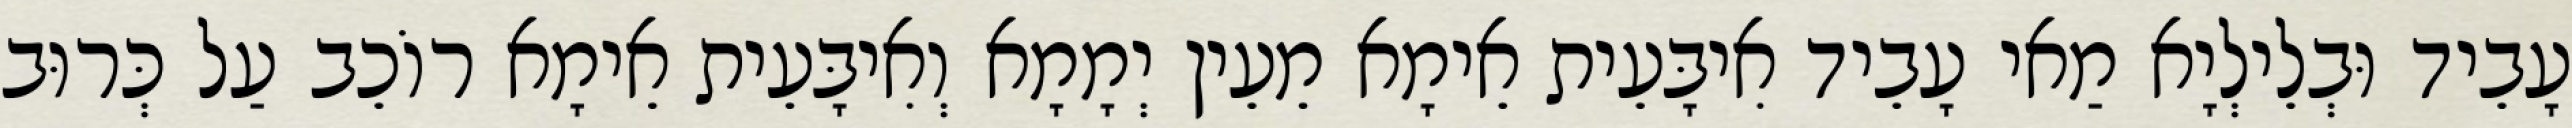
עָבֵיד וּבְלֵילְיָא מַאי עָבֵיד אִיבָּעֵית אֵימָא מֵעֵין יְמָמָא וְאִיבָּעֵית אֵימָא רוֹכֵב עַל כְּרוּב